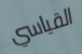
القياسي